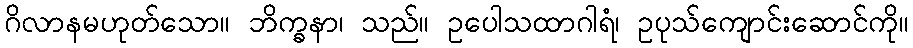
ဂိလာနမဟုတ်သော။ ဘိက္ခနာ၊ သည်။ ဥပေါသထာဂါရံ၊ ဥပုသ်ကျောင်းဆောင်ကို။